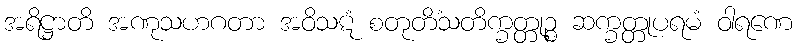
အရိဋ္ဌာတိ အဏုသဟဂတာ အဝိသဋံ စတုတိံသတိက္ခတ္တုဉ္စ ဆက္ခတ္တုပရမံ ဝါရဏေ